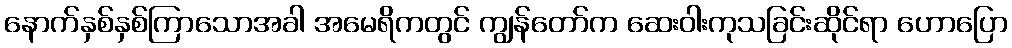
နောက်နှစ်နှစ်ကြာသောအခါ အမေရိကတွင် ကျွန်တော်က ဆေးဝါးကုသခြင်းဆိုင်ရာ ဟောပြော